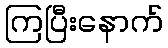
ကြပြီးနောက်